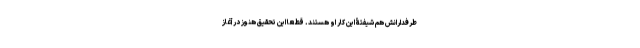
طرفدارانش هم شیفتۀ این کار او هستند. قطعاً این تحقیق هنوز در آغاز